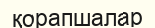
қорапшалар